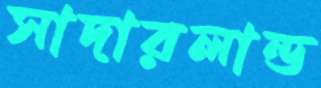
সাদারলান্ড